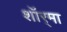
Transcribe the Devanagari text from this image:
शॉर्‌मा